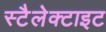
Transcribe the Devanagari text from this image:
स्टैलेक्टाइट